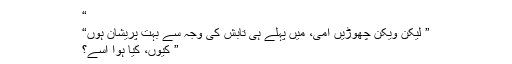
“
” لیکن ویکن چھوڑیں امی، میں پہلے ہی تابش کی وجہ سے بہت پریشان ہوں“
” کیوں، کیا ہوا اسے؟